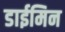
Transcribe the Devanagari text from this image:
डाईमिन